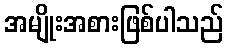
အမျိုးအစားဖြစ်ပါသည်